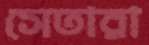
সেতারা